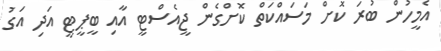
އެމީހުން ބުރަ ކޮށް މަސައްކަތް ކޮށްގެން ޖީއެސްޓީ އާއި ބީޕީޓީ އަދި އަގު